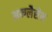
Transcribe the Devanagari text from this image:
अन्ग्लैसेस